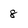
Character: 8